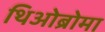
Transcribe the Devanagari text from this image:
थिओब्रोमा